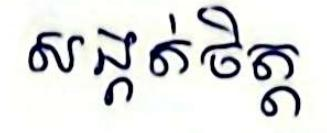
សង្កត់ចិត្ត